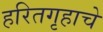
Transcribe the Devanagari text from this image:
हरितगृहाचे